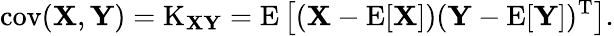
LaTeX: \operatorname{cov}(\mathbf{X},\mathbf{Y})=\operatorname{K}_{\mathbf{X}\mathbf{Y}}=\operatorname{E}\left[(\mathbf{X}-\operatorname{E}[\mathbf{X}])(\mathbf{Y}-\operatorname{E}[\mathbf{Y}])^{\mathrm{{T}}}\right].